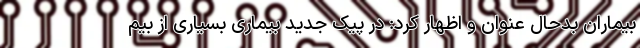
بیماران بدحال عنوان و اظهار کرد: در پیک جدید بیماری بسیاری از بیم